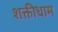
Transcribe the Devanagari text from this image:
शक्तीधाम